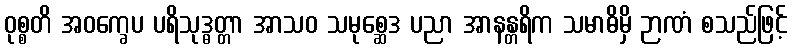
ဝုစ္စတိ အဝက္ခေပ ပရိသုဒ္ဓတ္တာ အာသဝ သမုစ္ဆေဒ ပညာ အာနန္တရိက သမာဓိမှိ ဉာဏံ စသည်ဖြင့်